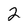
Character: 2